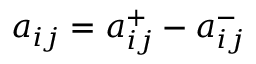
a _ { i j } = a _ { i j } ^ { + } - a _ { i j } ^ { - }